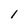
Character: 1